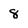
Character: 8